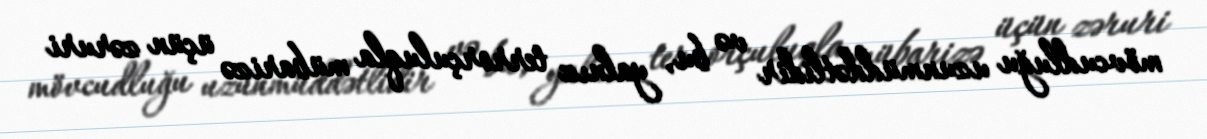
mövcudluğu uzunmüddətlidir və bu, yalnız terrorçuluqla mübarizə üçün zəruri